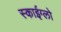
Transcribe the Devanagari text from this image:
स्काईग्लो